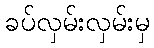
ခပ်လှမ်းလှမ်းမှ